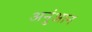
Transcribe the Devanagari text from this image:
अनुंआन